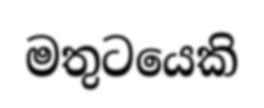
මතුටයෙකි